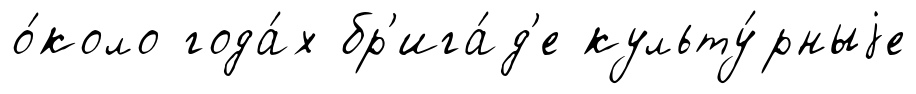
о́коло года́х бр'ига́д'е культу́рныjе